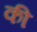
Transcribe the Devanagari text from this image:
की